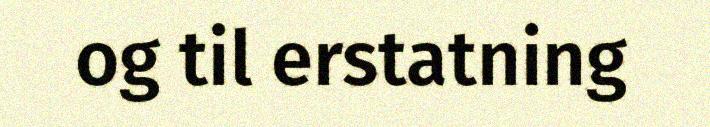
og til erstatning